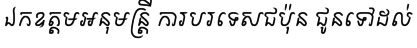
ឯកឧត្តមអនុមន្ត្រី ការបរទេសជប៉ុន ជូនទៅដល់